Investigations into the jail dietaries of the United Provinces with some observations on the influence of dietary on the physical development and well-being of the people of the United Provinces - Number 48
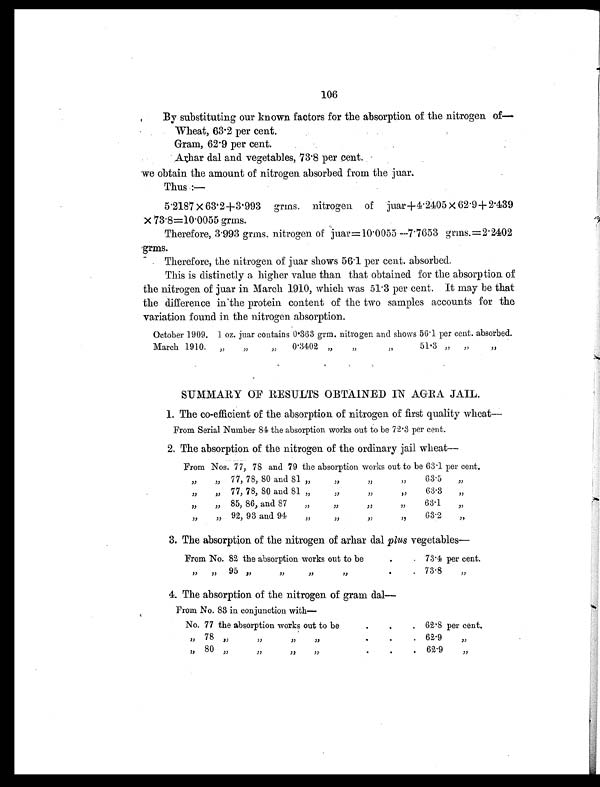
106
By substituting our known factors for the absorption of the nitrogen of—
Wheat, 63.2 per cent.
Gram, 62 . 9 per cent.
Arhar dal and vegetables, 73 . 8 per cent.
we obtain the amount of nitrogen absorbed from the juar.
Thus:—
5 . 2187 × 63.2+3 . 993 grms. nitrogen of juar+4.2405 × 62.9+2.439
× 73.8=10.0055 grms.
Therefore, 3.993 grms. nitrogen of juar=10 . 0055—7 . 7653 grms.=2.2402
grms.
Therefore, the nitrogen of juar shows 56 . 1 per cent. absorbed.
This is distinctly a higher value than that obtained for the absorption of
the nitrogen of juar in March 1910, which was 51.3 per cent. It may be that
the difference in the protein content of the two samples accounts for the
variation found in the nitrogen absorption.
October 1909. 1 oz. juar contains 0.363 grm. nitrogen and shows 56.1 per cent. absorbed.
March 1910.
„
„
„
0.3402 „
„
„
51.3 ,,
„
„
SUMMARY OF RESULTS OBTAINED IN AGRA JAIL.
1. The co-efficient of the absorption of nitrogen of first quality wheat—
From Serial Number 84 the absorption works out to be 72.3 per cent.
2. The absorption of the nitrogen of the ordinary jail wheat—
From Nos. 77, 78 and 79 the absorption works out to be 63.1 per cent.
„
„ 77, 78, 80 and 81 „
„ „
„
63.5
„
„
„ 77, 78, 80 and 81 „
„ „
„
63.3
„
„
„ 85, 86, and 87
„
„
„
„
63.1
„
„
„ 92, 93 and 94
„
„
„
„
63.2
„
3. The absorption of the nitrogen of arhar dal plus vegetables—
From No. 82 the absorption works out to be
. . 73.4 per cent.
„
„
95 „
„
„
„
.
.
73.8
„
4. The absorption of the nitrogen of gram dal
—
From No. 83 in conjunction with—
No. 77 the absorption works out to be
. .
. 62.8 per cent.
„
78
„
„
„
„
.
.
.
62.9
„
„ 80 „
„
„
„
.
.
.
62.9
„